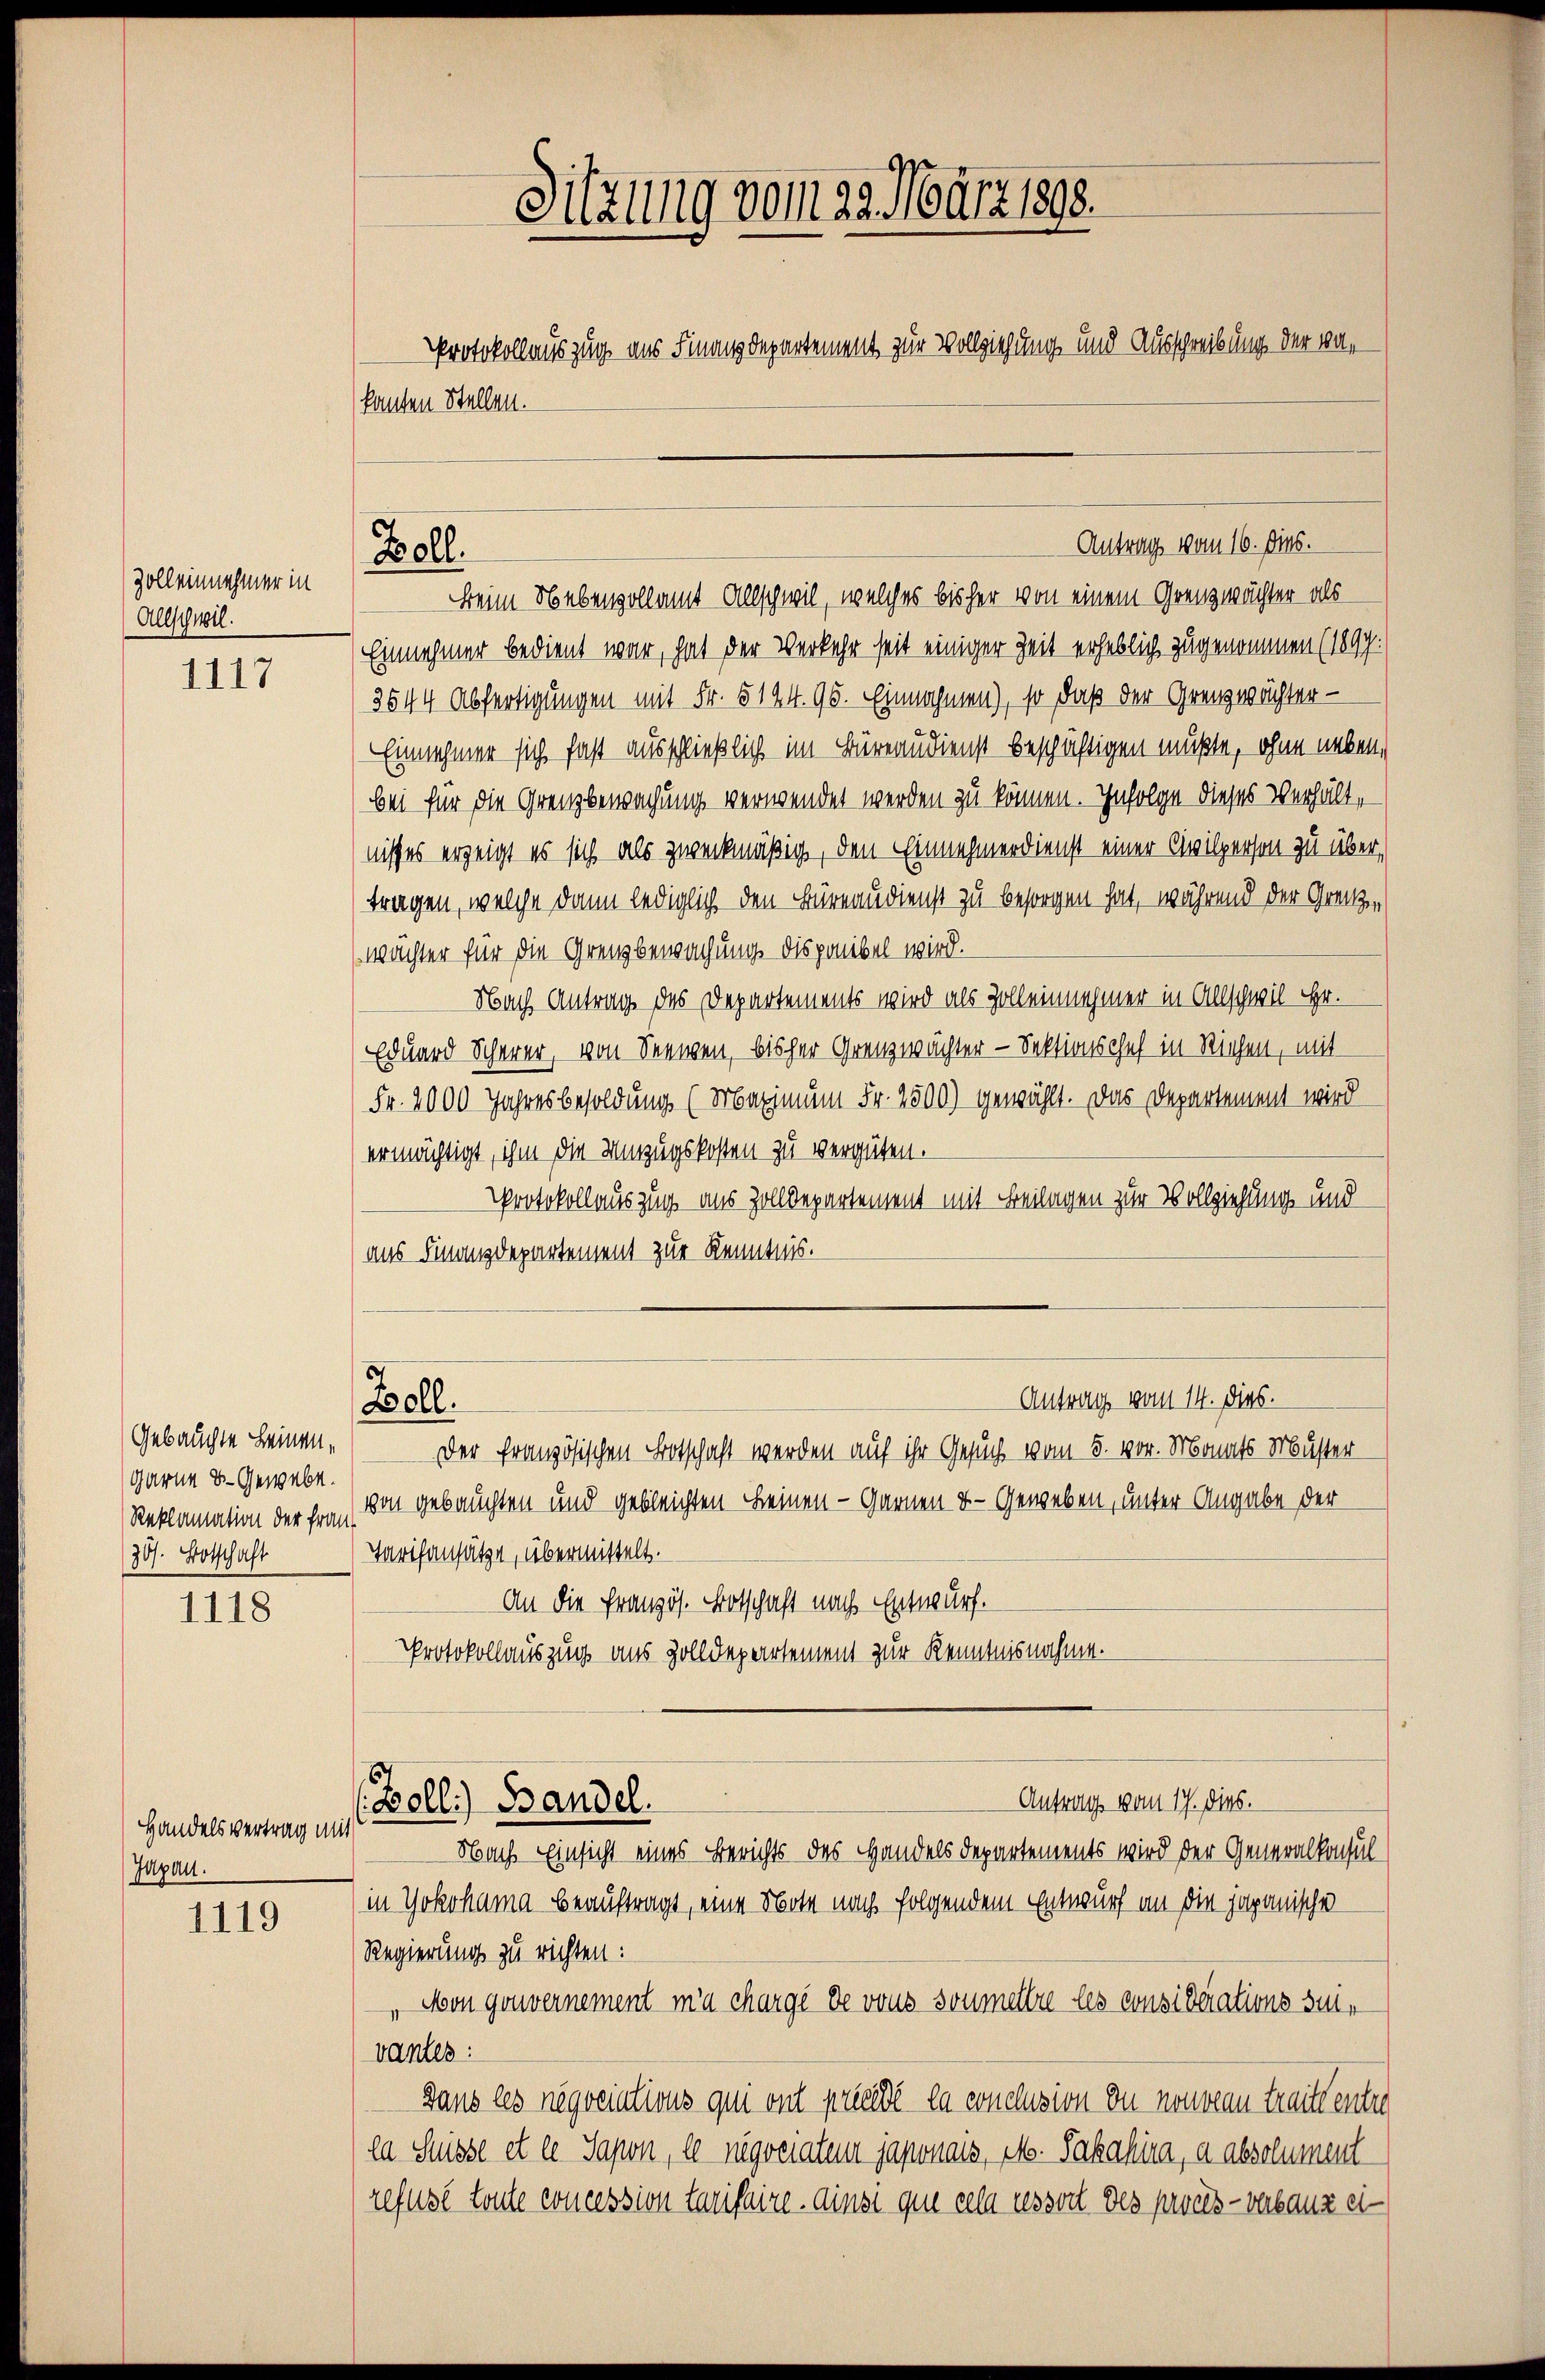
Zoll einnehmer in
Allschwil.

1117

1118

Handelsvertrag mit
Jugau.

1119

Sitzung vom 29. März 1898.
Protokollauszug aus Finanzdepartement zur Vollziehung und Ausschreibung der war
kanten Stellen.

Gebauchte Leinen,
garne B. Gewebe.
Reklamation der fran-
30/. Botschaft

Zoll.

Beim Nebenvollamt Allschwil, welches bisher von einem Grenzwächter als
Einnehmer bedient war, hat der Verkehr seit einiger Zeit erheblich zu genommen (1899.
3544 Abfertigungen mit Fr. 5144. 95. Einnahmen), so daß der Grenzwächter -
Einnehmer sich fast ausschließlich im Büreaudienst beschäftigen mußte, ohne neben,
bei für die Grenzbewachung verwendet werden zu können. Infolge dieses Verhältnisses erzeigt es sich als zweckmäßig, den Einnehmerdienst einer Civilperson zu übertragen, welche dann lediglich den Büreaudienst zu besorgen hat, während der Grenzen
wächter für die Grenzbewachung disponibel wird.
Nach Antrag des Departements wird als Zolleinnehmer in Allschwil Hr.
Eduard Scherer, von Seewen, bisher Grenzwächter - Sektionschef in Riehen, mit
Fr. 2000 Jahresbesoldung (Maximum Fr. 2500) gewählt. Das Departement wird
ermächtigt, ihm die Umzugskosten zu vergüten.
Protokollauszug aus Zolldepartement mit Beilagen zur Vollziehung und
aus Finanzdepartement zur Kenntnis.
Antrag vom 14. dies.
Zoll.
Der französischen Botschaft werden auf ihr Gesuch vom 5. vor. Monats Muster
von gebauchten und gebleichten Leinen - Garnen u. Geweben, unter Angabe der
Tarifansätze, übermittelt.
An die Französ. Botschaft nach Entwurf.
Protokollauszug aus Zolldepartement zur Kenntnisnahme.
Antrag vom 17. dies.
Bolli) Bandel.
Nach Einsicht eines Berichts des Handels Departements wird der Generalkonsul
in Yokohama beauftragt, eine Note nach folgendem Entwurf an die japanische
Regierung zu richten:
Non gouvernement ma chargé de vous soumettre les considerations suivantes:
Gans les negociations qui ont precede la conclusion du nouveau trait ent
ea Süsse et ex Sapon, le negociaten japonats, M. Pakahira, a absolument
refusé toute concession tarifaire. Ainsi que cela cessort des procès-verbauz ei

Antrag vom 16. Dies.